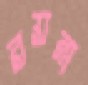
রয়না